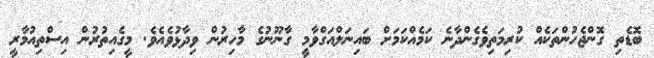
ބޮޑެތި ގޮންޖެހުންތަކެއް ކުރިމަތިވެގެންދާނެ ކަމެއްކަމަށް ބައިނަލްއަގްވާމީ ގާނޫނުގެ މާހިރުން ވިދާޅުވެއެވެ. މީގެއިތުރުން އިސްތިއުމާރީ